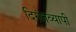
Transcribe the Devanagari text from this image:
दिगंतव्यापी